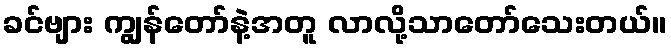
ခင်ဗျား ကျွန်တော်နဲ့အတူ လာလို့သာတော်သေးတယ်။